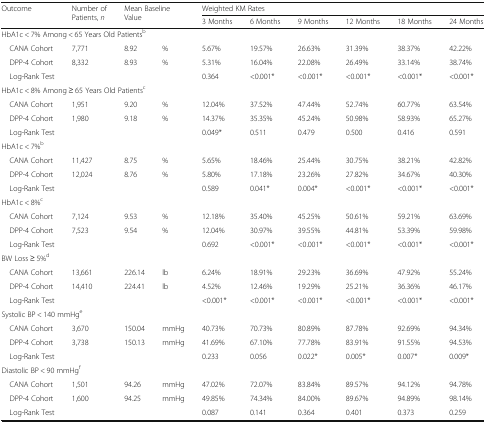
<table><thead><tr><td rowspan="2"><b>Outcome</b></td><td rowspan="2"><b>Number of Patients, <i>n</i></b></td><td rowspan="2" colspan="2"><b>Mean Baseline Value</b></td><td colspan="6"><b>Weighted KM Rates</b></td></tr><tr><td><b>3 Months</b></td><td><b>6 Months</b></td><td><b>9 Months</b></td><td><b>12 Months</b></td><td><b>18 Months</b></td><td><b>24 Months</b></td></tr></thead><tbody><tr><td colspan="10">HbA1c &lt; 7% Among &lt; 65 Years Old Patients<sup>b</sup></td></tr><tr><td> CANA Cohort</td><td>7,771</td><td>8.92</td><td>%</td><td>5.67%</td><td>19.57%</td><td>26.63%</td><td>31.39%</td><td>38.37%</td><td>42.22%</td></tr><tr><td> DPP-4 Cohort</td><td>8,332</td><td>8.93</td><td>%</td><td>5.31%</td><td>16.04%</td><td>22.08%</td><td>26.49%</td><td>33.14%</td><td>38.74%</td></tr><tr><td> Log-Rank Test</td><td></td><td></td><td></td><td>0.364</td><td>&lt;0.001*</td><td>&lt;0.001*</td><td>&lt;0.001*</td><td>&lt;0.001*</td><td>&lt;0.001*</td></tr><tr><td colspan="10">HbA1c &lt; 8% Among ≥ 65 Years Old Patients<sup>c</sup></td></tr><tr><td> CANA Cohort</td><td>1,951</td><td>9.20</td><td>%</td><td>12.04%</td><td>37.52%</td><td>47.44%</td><td>52.74%</td><td>60.77%</td><td>63.54%</td></tr><tr><td> DPP-4 Cohort</td><td>1,980</td><td>9.18</td><td>%</td><td>14.37%</td><td>35.35%</td><td>45.24%</td><td>50.98%</td><td>58.93%</td><td>65.27%</td></tr><tr><td> Log-Rank Test</td><td></td><td></td><td></td><td>0.049*</td><td>0.511</td><td>0.479</td><td>0.500</td><td>0.416</td><td>0.591</td></tr><tr><td colspan="10">HbA1c &lt; 7%<sup>b</sup></td></tr><tr><td> CANA Cohort</td><td>11,427</td><td>8.75</td><td>%</td><td>5.65%</td><td>18.46%</td><td>25.44%</td><td>30.75%</td><td>38.21%</td><td>42.82%</td></tr><tr><td> DPP-4 Cohort</td><td>12,024</td><td>8.76</td><td>%</td><td>5.80%</td><td>17.18%</td><td>23.26%</td><td>27.82%</td><td>34.67%</td><td>40.30%</td></tr><tr><td> Log-Rank Test</td><td></td><td></td><td></td><td>0.589</td><td>0.041*</td><td>0.004*</td><td>&lt;0.001*</td><td>&lt;0.001*</td><td>&lt;0.001*</td></tr><tr><td colspan="10">HbA1c &lt; 8%<sup>c</sup></td></tr><tr><td> CANA Cohort</td><td>7,124</td><td>9.53</td><td>%</td><td>12.18%</td><td>35.40%</td><td>45.25%</td><td>50.61%</td><td>59.21%</td><td>63.69%</td></tr><tr><td> DPP-4 Cohort</td><td>7,523</td><td>9.54</td><td>%</td><td>12.04%</td><td>30.97%</td><td>39.55%</td><td>44.81%</td><td>53.39%</td><td>59.98%</td></tr><tr><td> Log-Rank Test</td><td></td><td></td><td></td><td>0.692</td><td>&lt;0.001*</td><td>&lt;0.001*</td><td>&lt;0.001*</td><td>&lt;0.001*</td><td>&lt;0.001*</td></tr><tr><td colspan="10">BW Loss ≥ 5%<sup>d</sup></td></tr><tr><td> CANA Cohort</td><td>13,661</td><td>226.14</td><td>lb</td><td>6.24%</td><td>18.91%</td><td>29.23%</td><td>36.69%</td><td>47.92%</td><td>55.24%</td></tr><tr><td> DPP-4 Cohort</td><td>14,410</td><td>224.41</td><td>lb</td><td>4.52%</td><td>12.46%</td><td>19.29%</td><td>25.21%</td><td>36.36%</td><td>46.17%</td></tr><tr><td> Log-Rank Test</td><td></td><td></td><td></td><td>&lt;0.001*</td><td>&lt;0.001*</td><td>&lt;0.001*</td><td>&lt;0.001*</td><td>&lt;0.001*</td><td>&lt;0.001*</td></tr><tr><td colspan="10">Systolic BP &lt; 140 mmHg<sup>e</sup></td></tr><tr><td> CANA Cohort</td><td>3,670</td><td>150.04</td><td>mmHg</td><td>40.73%</td><td>70.73%</td><td>80.89%</td><td>87.78%</td><td>92.69%</td><td>94.34%</td></tr><tr><td> DPP-4 Cohort</td><td>3,738</td><td>150.13</td><td>mmHg</td><td>41.69%</td><td>67.10%</td><td>77.78%</td><td>83.91%</td><td>91.55%</td><td>94.53%</td></tr><tr><td> Log-Rank Test</td><td></td><td></td><td></td><td>0.233</td><td>0.056</td><td>0.022*</td><td>0.005*</td><td>0.007*</td><td>0.009*</td></tr><tr><td colspan="10">Diastolic BP &lt; 90 mmHg<sup>f</sup></td></tr><tr><td> CANA Cohort</td><td>1,501</td><td>94.26</td><td>mmHg</td><td>47.02%</td><td>72.07%</td><td>83.84%</td><td>89.57%</td><td>94.12%</td><td>94.78%</td></tr><tr><td> DPP-4 Cohort</td><td>1,600</td><td>94.25</td><td>mmHg</td><td>49.85%</td><td>74.34%</td><td>84.00%</td><td>89.67%</td><td>94.89%</td><td>98.14%</td></tr><tr><td> Log-Rank Test</td><td></td><td></td><td></td><td>0.087</td><td>0.141</td><td>0.364</td><td>0.401</td><td>0.373</td><td>0.259</td></tr></tbody></table>